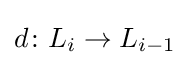
d\colon L_{i}\to L_{i-1}